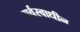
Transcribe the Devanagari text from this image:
सर्वस्वाधीन